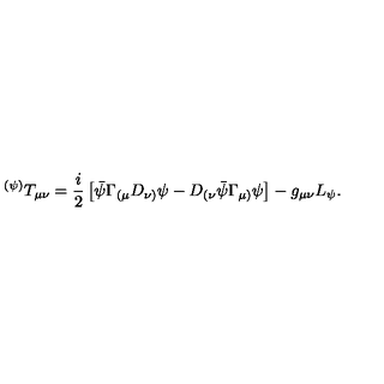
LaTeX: { } ^ { ( \psi ) } T _ { \mu \nu } = \frac { i } { 2 } \left[ \bar { \psi } \Gamma _ { ( \mu } D _ { \nu ) } \psi - D _ { ( \nu } \bar { \psi } \Gamma _ { \mu ) } \psi \right] - g _ { \mu \nu } L _ { \psi } .